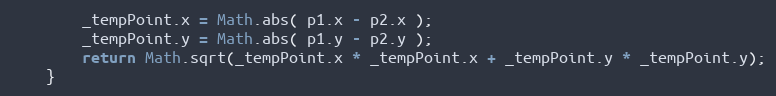
Language: JavaScript
		_tempPoint.x = Math.abs( p1.x - p2.x );
		_tempPoint.y = Math.abs( p1.y - p2.y );
		return Math.sqrt(_tempPoint.x * _tempPoint.x + _tempPoint.y * _tempPoint.y);
	}